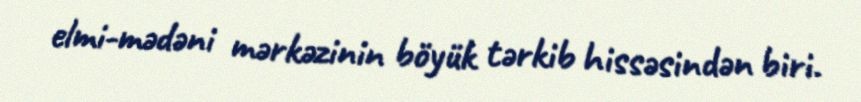
elmi-mədəni mərkəzinin böyük tərkib hissəsindən biri.